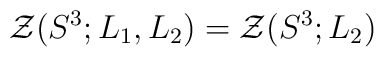
{\cal Z}(S^{3};L_{1},L_{2})={\cal Z}(S^{3};L_{2})